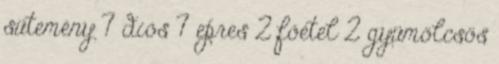
sütemény 7 diós 7 epres 2 főétel 2 gyümölcsös